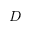
D